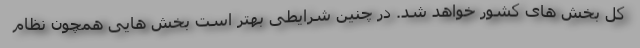
کل بخش های کشور خواهد شد. در چنین شرایطی بهتر است بخش هایی همچون نظام